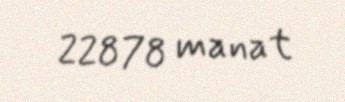
22878 manat